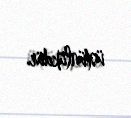
üstünlükdür.